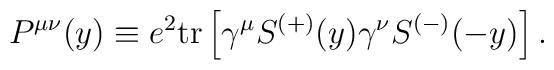
P^{\mu\nu}(y)\equiv e^2 {\rm tr}\left[\gamma^{\mu}S^{(+)}(y)\gamma^{\nu}S^{(-)}(-y)\right].